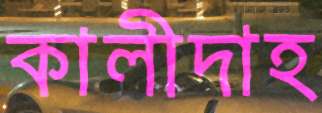
কালীদাহ